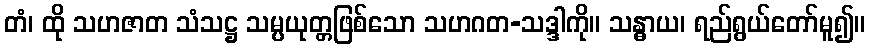
တံ၊ ထို သဟဇာတ သံသဋ္ဌ သမ္ပယုတ္တဖြစ်သော သဟဂတ-သဒ္ဒါကို။ သန္ဓာယ၊ ရည်ရွယ်တော်မူ၍။